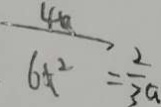
\frac { 4 0 } { 6 x ^ { 2 } } = \frac { 2 } { 3 a }